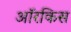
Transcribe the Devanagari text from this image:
ऑरकिस